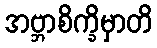
အဗ္ဘာစိက္ခိမှာတိ